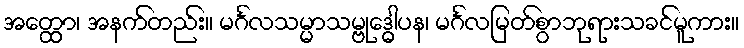
အတ္ထော၊ အနက်တည်း။ မင်္ဂလသမ္မာသမ္ဗုဒ္ဓေါပန၊ မင်္ဂလမြတ်စွာဘုရားသခင်မူကား။